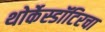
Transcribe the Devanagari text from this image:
थोर्केस्डॉटिरचा